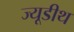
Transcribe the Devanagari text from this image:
ज्यूडीथ